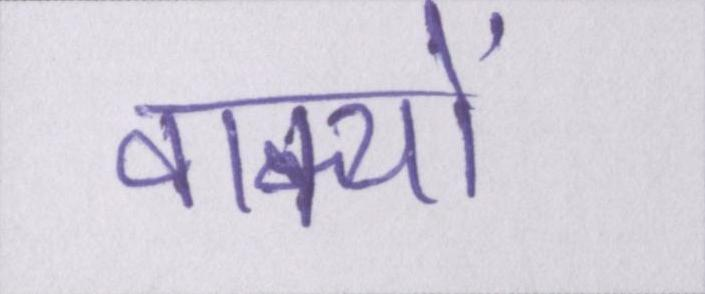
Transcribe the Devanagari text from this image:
वाक्यों